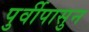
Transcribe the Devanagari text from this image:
पुर्वीपासुन